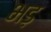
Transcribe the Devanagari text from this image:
भड़